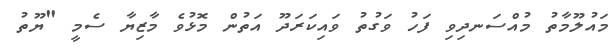
މައުލޫމާތު މުއްސަނދިވި ފަހު ވަގުތު ވައިކަރަދޫ އަތުން މޮޅުވެ މާޒިޔާ ސެމީ "ޔޫތު